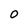
Character: 0